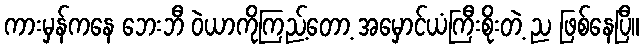
ကားမှန်ကနေ ဘေးဘီ ဝဲယာကိုကြည့်တော့ အမှောင်ယံကြီးစိုးတဲ့ ည ဖြစ်နေပြီ။